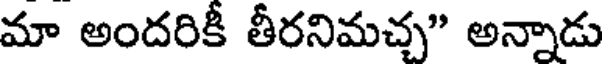
మా అందరికీ తీరనిమచ్చ" అన్నాడు